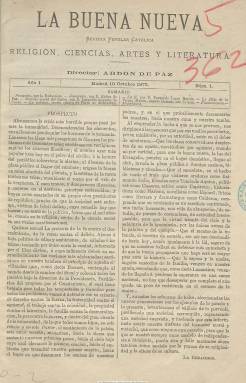
Título: La Buena nueva (Madrid. 1873)
Colección: Religión || Revistas de información general
Ámbito geográfico: Madrid
Lugar de publicación: Madrid
Fechas: 10/10/1873-10/02/1874

Con el subtítulo “revista popular católica” es una de las publicaciones de carácter confesional que aparecen bajo los efectos del Concilio Vaticano I (1870) y, en el caso español, en medio de la efervescencia política del final del Sexenio Democrático, pues comienza el diez de octubre de 1873, fundada y dirigida por el funcionario y publicista Abdón de Paz (1840-1899), en entregas quincenales (los días 10 y 25 de cada mes) de ocho páginas, compuestas a dos columnas.

El artículo con el que se presenta exhibe ya una visión catastrófica del momento social y político: “Alcanzamos la crisis más horrible por la que pasó jamás la humanidad”, dice, para añadir que la solución había que buscarla “no tanto en la política” como en la religión, a la que define  “centro de la ciencia social”.  Rechaza la idea de que la religión sea enemiga del progreso y, como defensora de “un solo rebaño y un solo Pastor”, apela a los protestantes para que desistan de sus “errores”, tal como señala Cazzottes (1982).

Su subtítulo está acompañado de los asuntos de los que trata (“religión, ciencias, artes y literatura”), pues junto a los textos de carácter religioso, escritos por su director, se añaden otros, como los interesantes estudios de crítica teatral firmados por Leopoldo Augusto de Cueto (1815-1901). También inserta otros de creación literaria o poética, de Bernardo López García, Patrocinio de Biedma o Pérez Montalbán, junto a breves de otros clásicos de Calderón o Tirso, y misceláneos.

El número 9, correspondiente al 10 de febrero de 1874, es el último de la colección, pues debió obtener escaso éxito y desaparecer pronto.